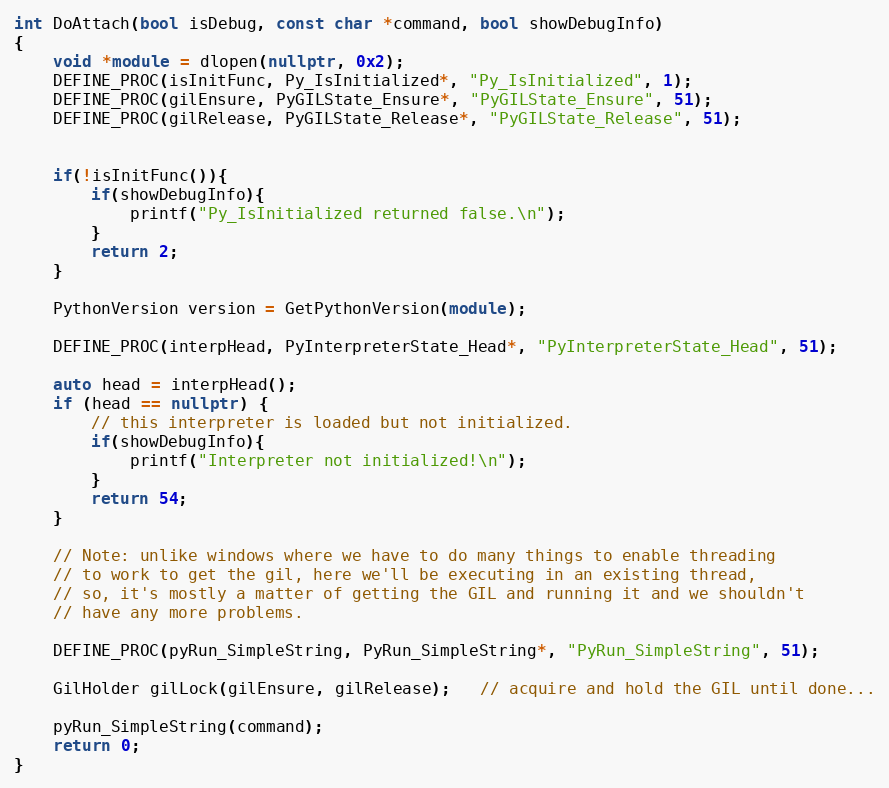
Language: C++
int DoAttach(bool isDebug, const char *command, bool showDebugInfo)
{
    void *module = dlopen(nullptr, 0x2);
    DEFINE_PROC(isInitFunc, Py_IsInitialized*, "Py_IsInitialized", 1);
    DEFINE_PROC(gilEnsure, PyGILState_Ensure*, "PyGILState_Ensure", 51);
    DEFINE_PROC(gilRelease, PyGILState_Release*, "PyGILState_Release", 51);

    if(!isInitFunc()){
        if(showDebugInfo){
            printf("Py_IsInitialized returned false.\n");
        }
        return 2;
    }

    PythonVersion version = GetPythonVersion(module);

    DEFINE_PROC(interpHead, PyInterpreterState_Head*, "PyInterpreterState_Head", 51);

    auto head = interpHead();
    if (head == nullptr) {
        // this interpreter is loaded but not initialized.
        if(showDebugInfo){
            printf("Interpreter not initialized!\n");
        }
        return 54;
    }

    // Note: unlike windows where we have to do many things to enable threading
    // to work to get the gil, here we'll be executing in an existing thread,
    // so, it's mostly a matter of getting the GIL and running it and we shouldn't
    // have any more problems.

    DEFINE_PROC(pyRun_SimpleString, PyRun_SimpleString*, "PyRun_SimpleString", 51);

    GilHolder gilLock(gilEnsure, gilRelease);   // acquire and hold the GIL until done...

    pyRun_SimpleString(command);
    return 0;
}